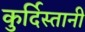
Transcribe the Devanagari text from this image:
कुर्दिस्तानी